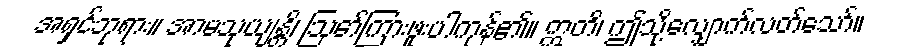
အရှင်ဘုရား။ အာမသုယျန္တိ၊ ဩော်ကြားဖူးပါကုန်၏။ ဣတိ၊ ဤသို့လျှောက်လတ်သော်။